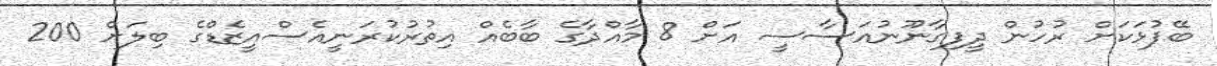
ބޭފުޅަކަށް ރުހުން ދީފިގާނޫނުއަސާސީ އަށް 8 މާއްދާގެ ބާބެއް އިތުރުކުރަނީއެސްއީޒެޑްގެ ބިލަށް 200